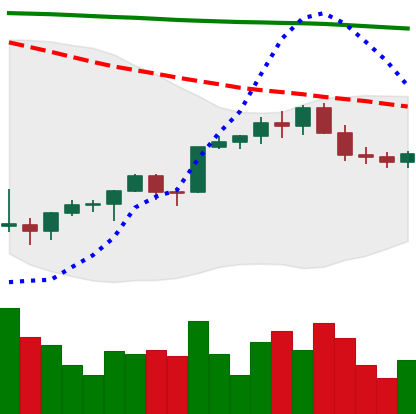
Ticker: ETH-USD
Chart end date: 2022-02-14
Forward return: -5.788%
Label: down_5_7